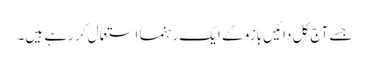
جسے آج کل دائیں بازو کے ایک رہنما استعمال کر رہے ہیں۔